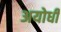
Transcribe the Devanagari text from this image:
अयोधी